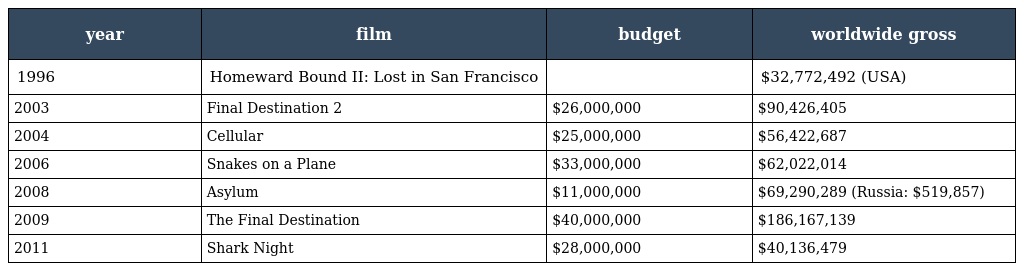
| year | film | budget | worldwide gross |
 | --- | --- | --- | --- |
 | 1996 | Homeward Bound II: Lost in San Francisco |  | $32,772,492 (USA) |
 | 2003 | Final Destination 2 | $26,000,000 | $90,426,405 |
 | 2004 | Cellular | $25,000,000 | $56,422,687 |
 | 2006 | Snakes on a Plane | $33,000,000 | $62,022,014 |
 | 2008 | Asylum | $11,000,000 | $69,290,289 (Russia: $519,857) |
 | 2009 | The Final Destination | $40,000,000 | $186,167,139 |
 | 2011 | Shark Night | $28,000,000 | $40,136,479 |